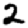
Digit: 2